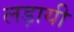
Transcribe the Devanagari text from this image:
लड़ायी